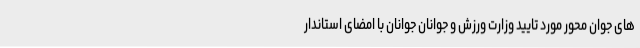
های جوان محور مورد تایید وزارت ورزش و جوانان جوانان با امضای استاندار